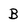
Character: B